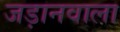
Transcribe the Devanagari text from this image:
जड़ानवाला